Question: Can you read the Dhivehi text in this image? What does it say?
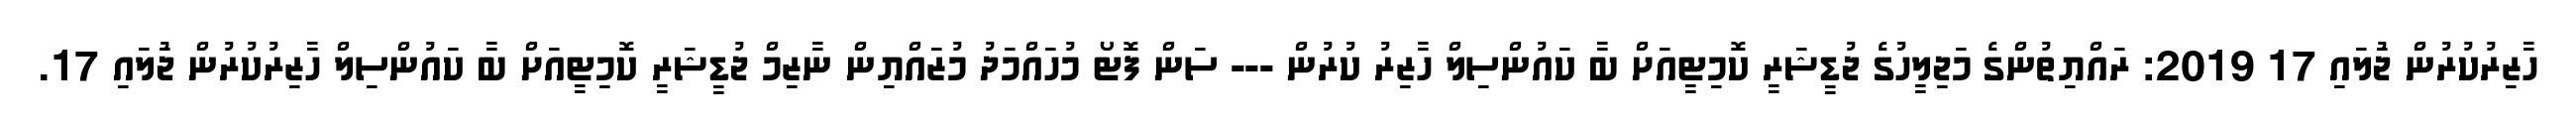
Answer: ހާޒިރުކުރުން ޖުަލައި 17 2019: ރައްޔިތުންގެ މަޖިލީހުގެ ޖުޑީޝަރީ ކޮމިޓީއަށް ބާ ކައުންސިލް ހާޒިރު ކުރުން --- ސަން ފޮޓޯ މުހައްމަދު މުޒައްޔިން ނާޒިމް ޖުޑީޝަރީ ކޮމިޓީއަށް ބާ ކައުންސިލް ހާޒިރުކުރުން ޖުަލައި 17.